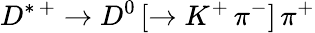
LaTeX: D^{*\, +}\rightarrow D^{0}\, [\rightarrow K^{+}\, \pi^{-}]\, \pi^{+}